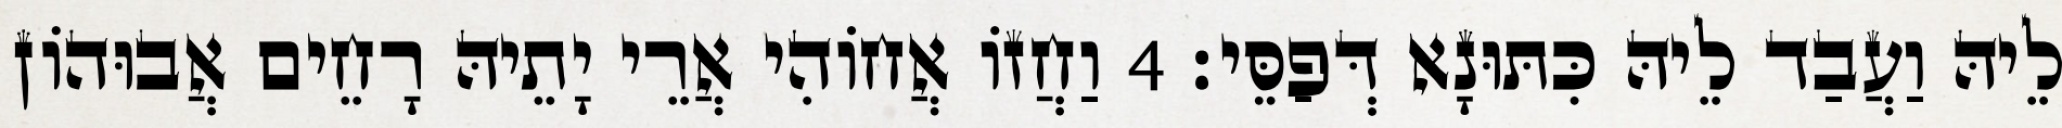
לֵיהּ וַעֲבַד לֵיהּ כִּתּוּנָא דְּפַסֵּי׃ 4 וַחֲזוֹ אֲחוֹהִי אֲרֵי יָתֵיהּ רָחֵים אֲבוּהוֹן